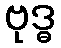
ဗုဒ္ဓ